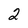
Character: 2